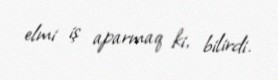
elmi iş aparmaq ki, bilirdi.